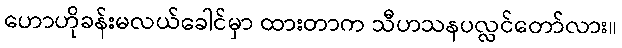
ဟောဟိုခန်းမလယ်ခေါင်မှာ ထားတာက သီဟသနပလ္လင်တော်လား။